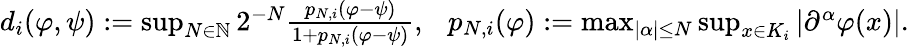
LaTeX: \begin{array}{r}{d_{i}(\varphi,\psi):=\operatorname*{sup}_{N\in\mathbb{N}}2^{-N}\frac{p_{N,i}(\varphi-\psi)}{1+p_{N,i}(\varphi-\psi)},\ \ \ p_{N,i}(\varphi):=\operatorname*{max}_{|\alpha|\leq N}\operatorname*{sup}_{x\in K_{i}}|\partial^{\alpha}\varphi(x)|.}\end{array}